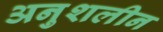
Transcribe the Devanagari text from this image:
अनुशलीन